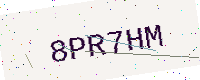
Text: 8PR7HM